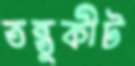
তন্তুকীট